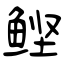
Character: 鲣